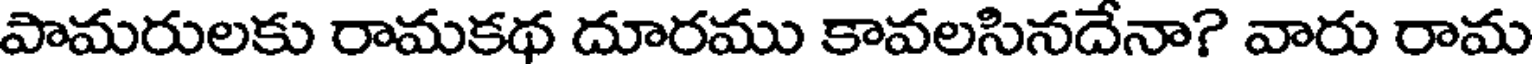
పామరులకు రామకథ దూరము కావలసినదేనా? వారు రామ